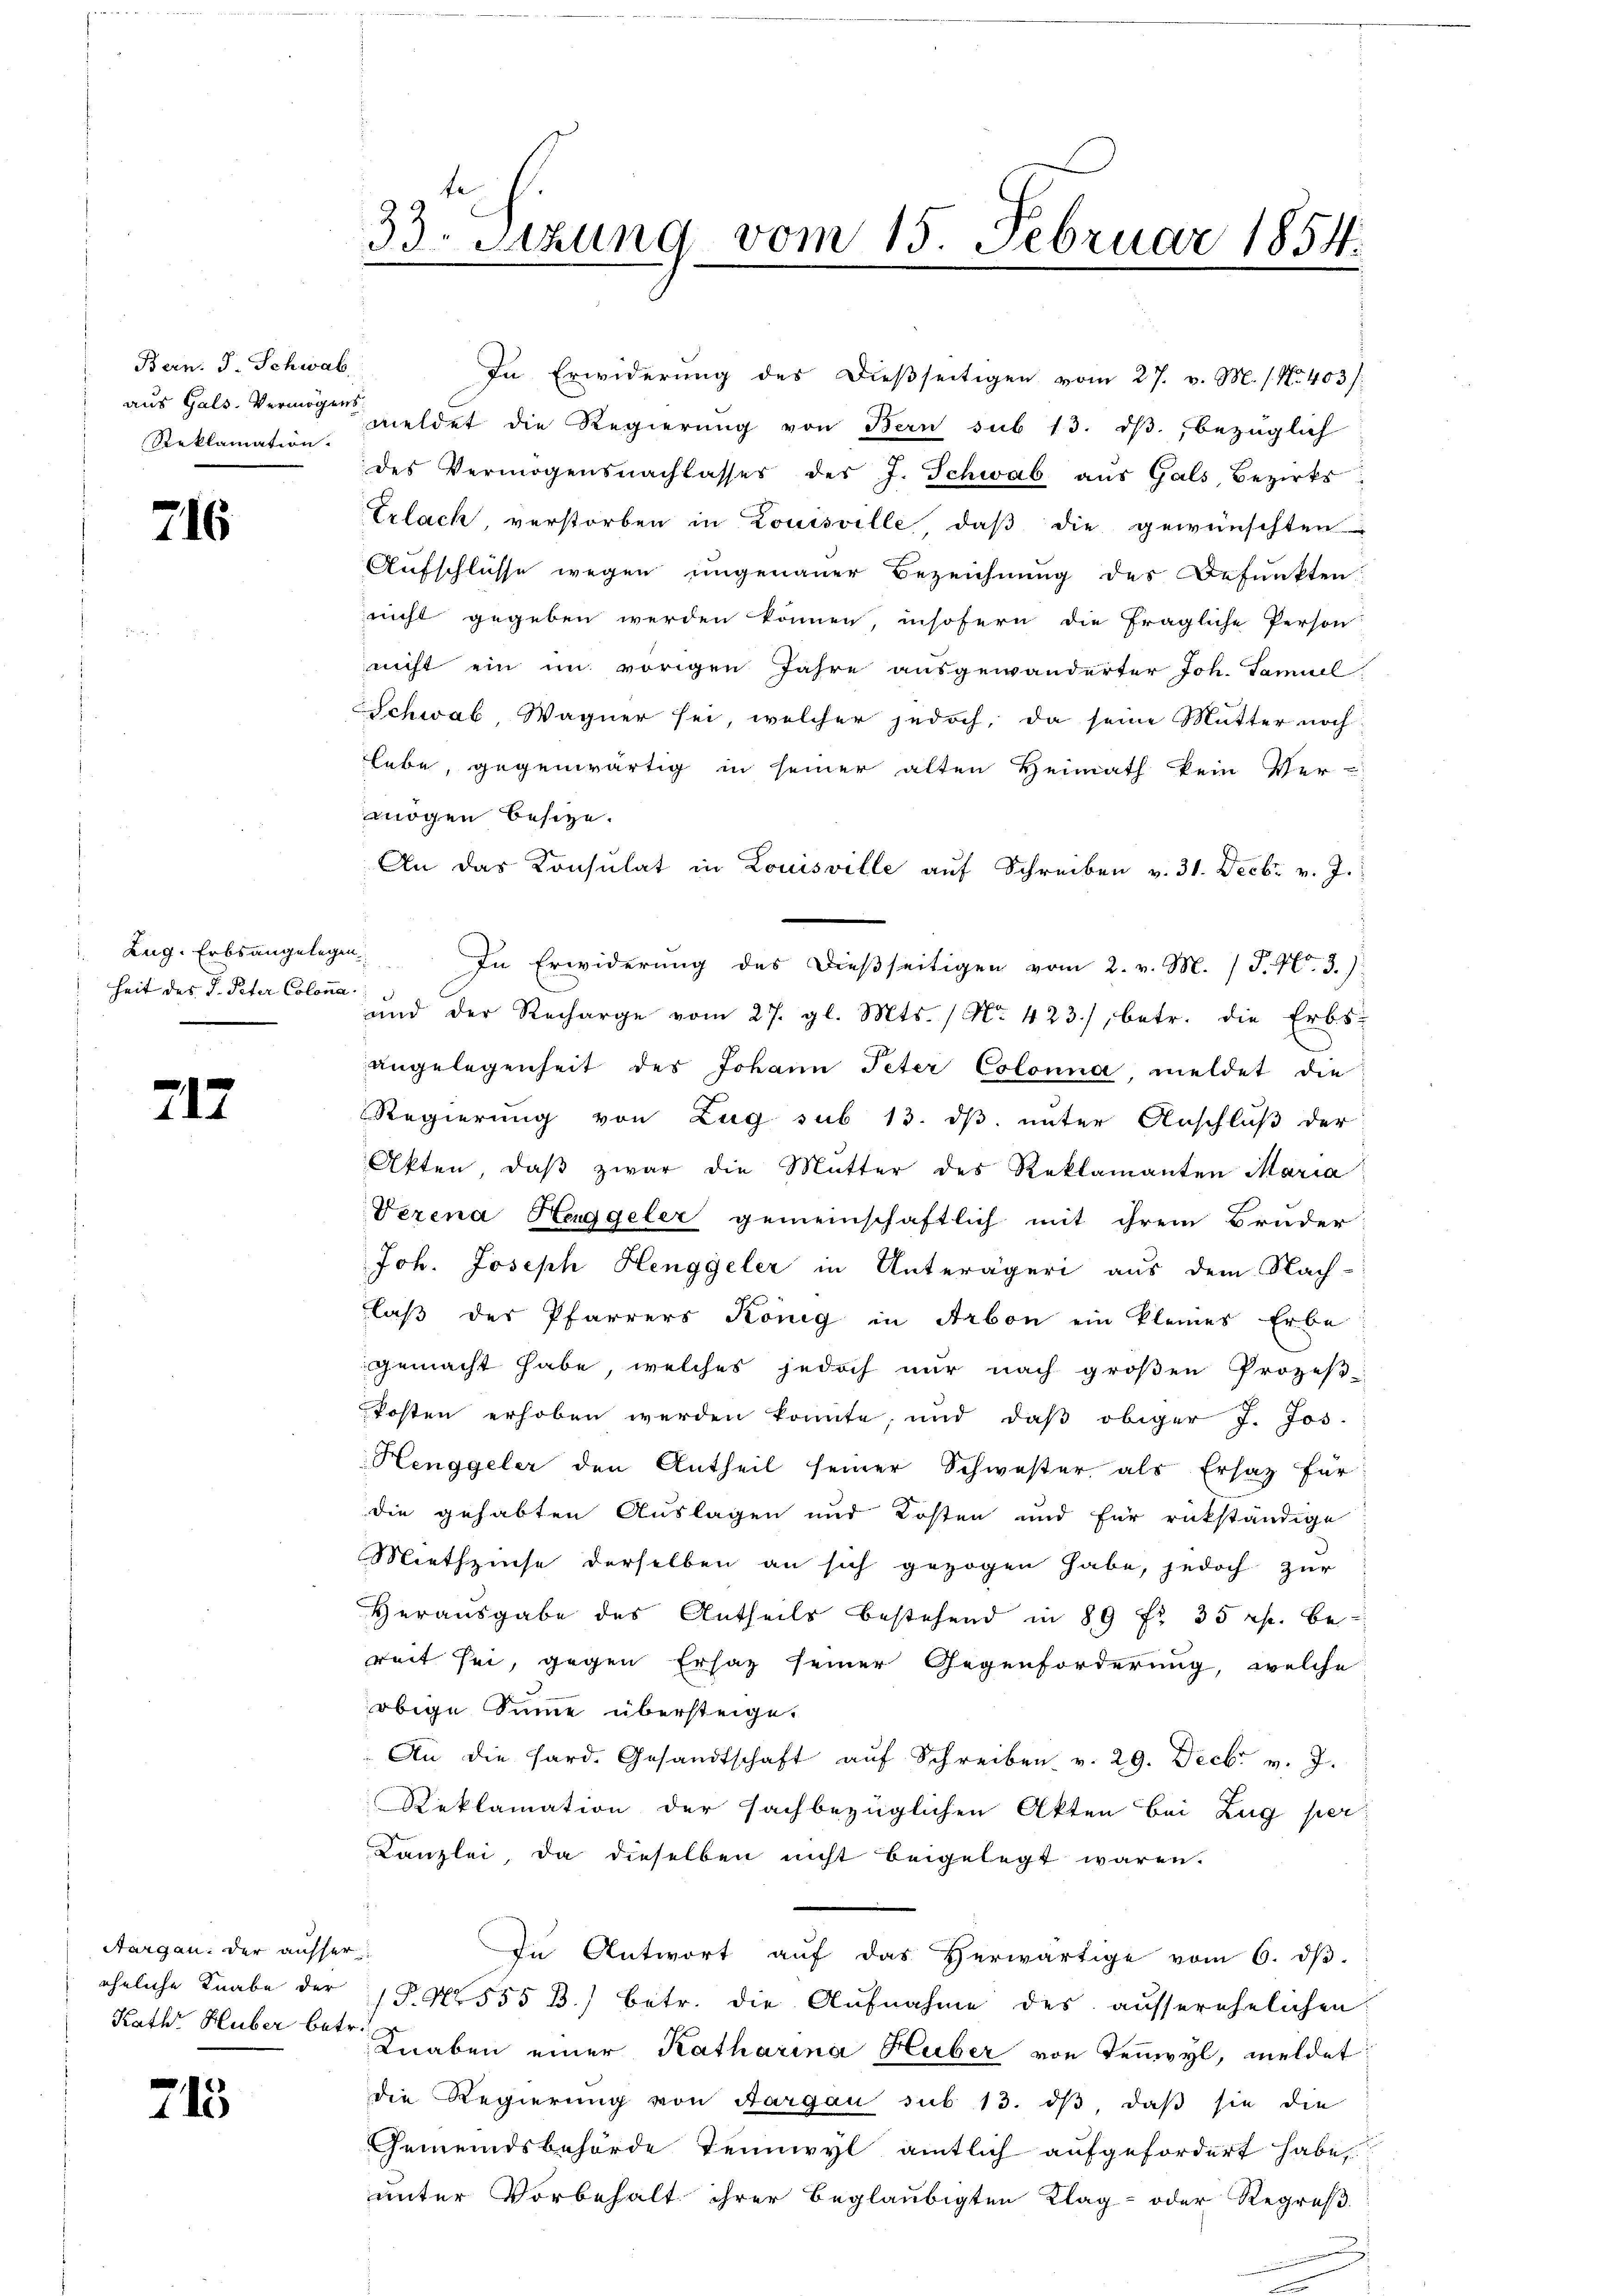
Bern. J. Schwab,
aus Gals. Vermögens
Reklamation.

216

Lug. Erbsangelegen
heit des V. Peter Colona

217

Aargau: der ausser
Rath Huber betr.

715

In Erwiderŭng des Dieβseitigen vom 27. v. M. s. No. 403 /:
meldet die Regierung von Bern sub 13. dβ, bezüglich
des Vermögensnachlasses des J. Schwab aus Gals, Bezirks
Erlach, verstorben in Louisville, daβ die gewünschten
Aufschlüsse wegen ungenauer Bezeichnung des Befunkten:
nicht gegeben werden können, insofern die fragliche Person
nicht ein im vorigen Jahre ausgewänderter Joh. Samuel
Schwab, Wagner sei, welcher jedoch, da seine Mutter noch
lebe, gegenwärtig in seiner alten Heimath kein Ver-
mögen besitze.
An das Konsulat in Louisville aŭf Schreiben v. 31. Decbr v. J.
In Erwiderung des dießseitigen vom 2. v. M. / P. Nr. 3.)
und der Recharge vom 27. gl. Mts. (No. 423), betr. die Erbs-
angelegenheit des Johann Peter Colonna, meldet die
Regierung von Zug sub 13. ds. unter Anschluß der
Akten, daβ zwar die Mutter des Reklamanten Maria
Verena Haggeler gemeinschaftlich mit ihrem Bruder
Joh. Joseph Henggeler in Unterägeri aus dem Nach-
laß der Pfarrers König in Arbon ein kleines Erbe
gemacht habe, welches jedoch nur nach großen Prozeβ-
Posten erhoben werden konnte, und daß obiger J. Jos.
Henggeler den Antheil seiner Schwester als Ersatz für
die gehabten Auslagen und Kosten und für rückständige
Miethzinse derselben an sich gezogen habe, jedoch zur
Herausgabe des Antheils bestehend in 89 f 35 Rp. be-
reit sei, gegen Ersatz seiner Gegenforderung, welche
obige Summe übersteige.
An die Hard. Gesandtschaft aŭf Schreiben v. 29. Decbr. v. J.
Reklamation der sachbezüglichen Akten bei Zug per
Kanzlei, da dieselben nicht beigelegt waren.
In Antwort aŭf das herwärtige vom 6. dβ.
ähnliche Knabe der P. Nr. 555 B.) betr. die Aufnahme des ausserehelichen
Knaben einer Katharina Huber von Tenwyl, meldet
die Regierŭng von Aargau sub 13. dβ, daß sie die
Gemeindsbehörde Teinwyl amtlich aufgefordert habe,
unter Vorbehalt ihrer beglaubigten Klag- oder Regres

33. Sitzung vom 15. Februar 1854.